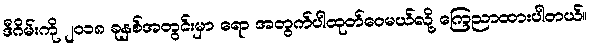
ဒီဂိမ်းကို ၂၀၁၈ ခုနှစ်အတွင်းမှာ ရော အတွက်ပါထုတ်ဝေမယ်လို့ ကြေညာထားပါတယ်။